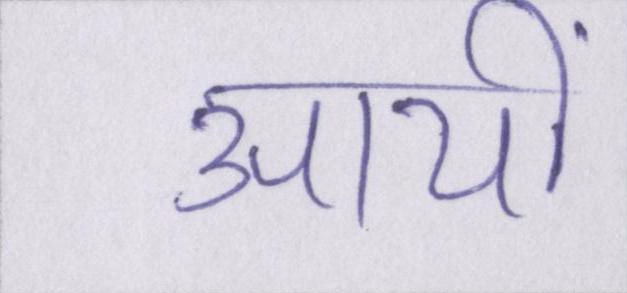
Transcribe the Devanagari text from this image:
आयीं